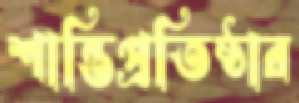
শান্তিপ্রতিষ্ঠার